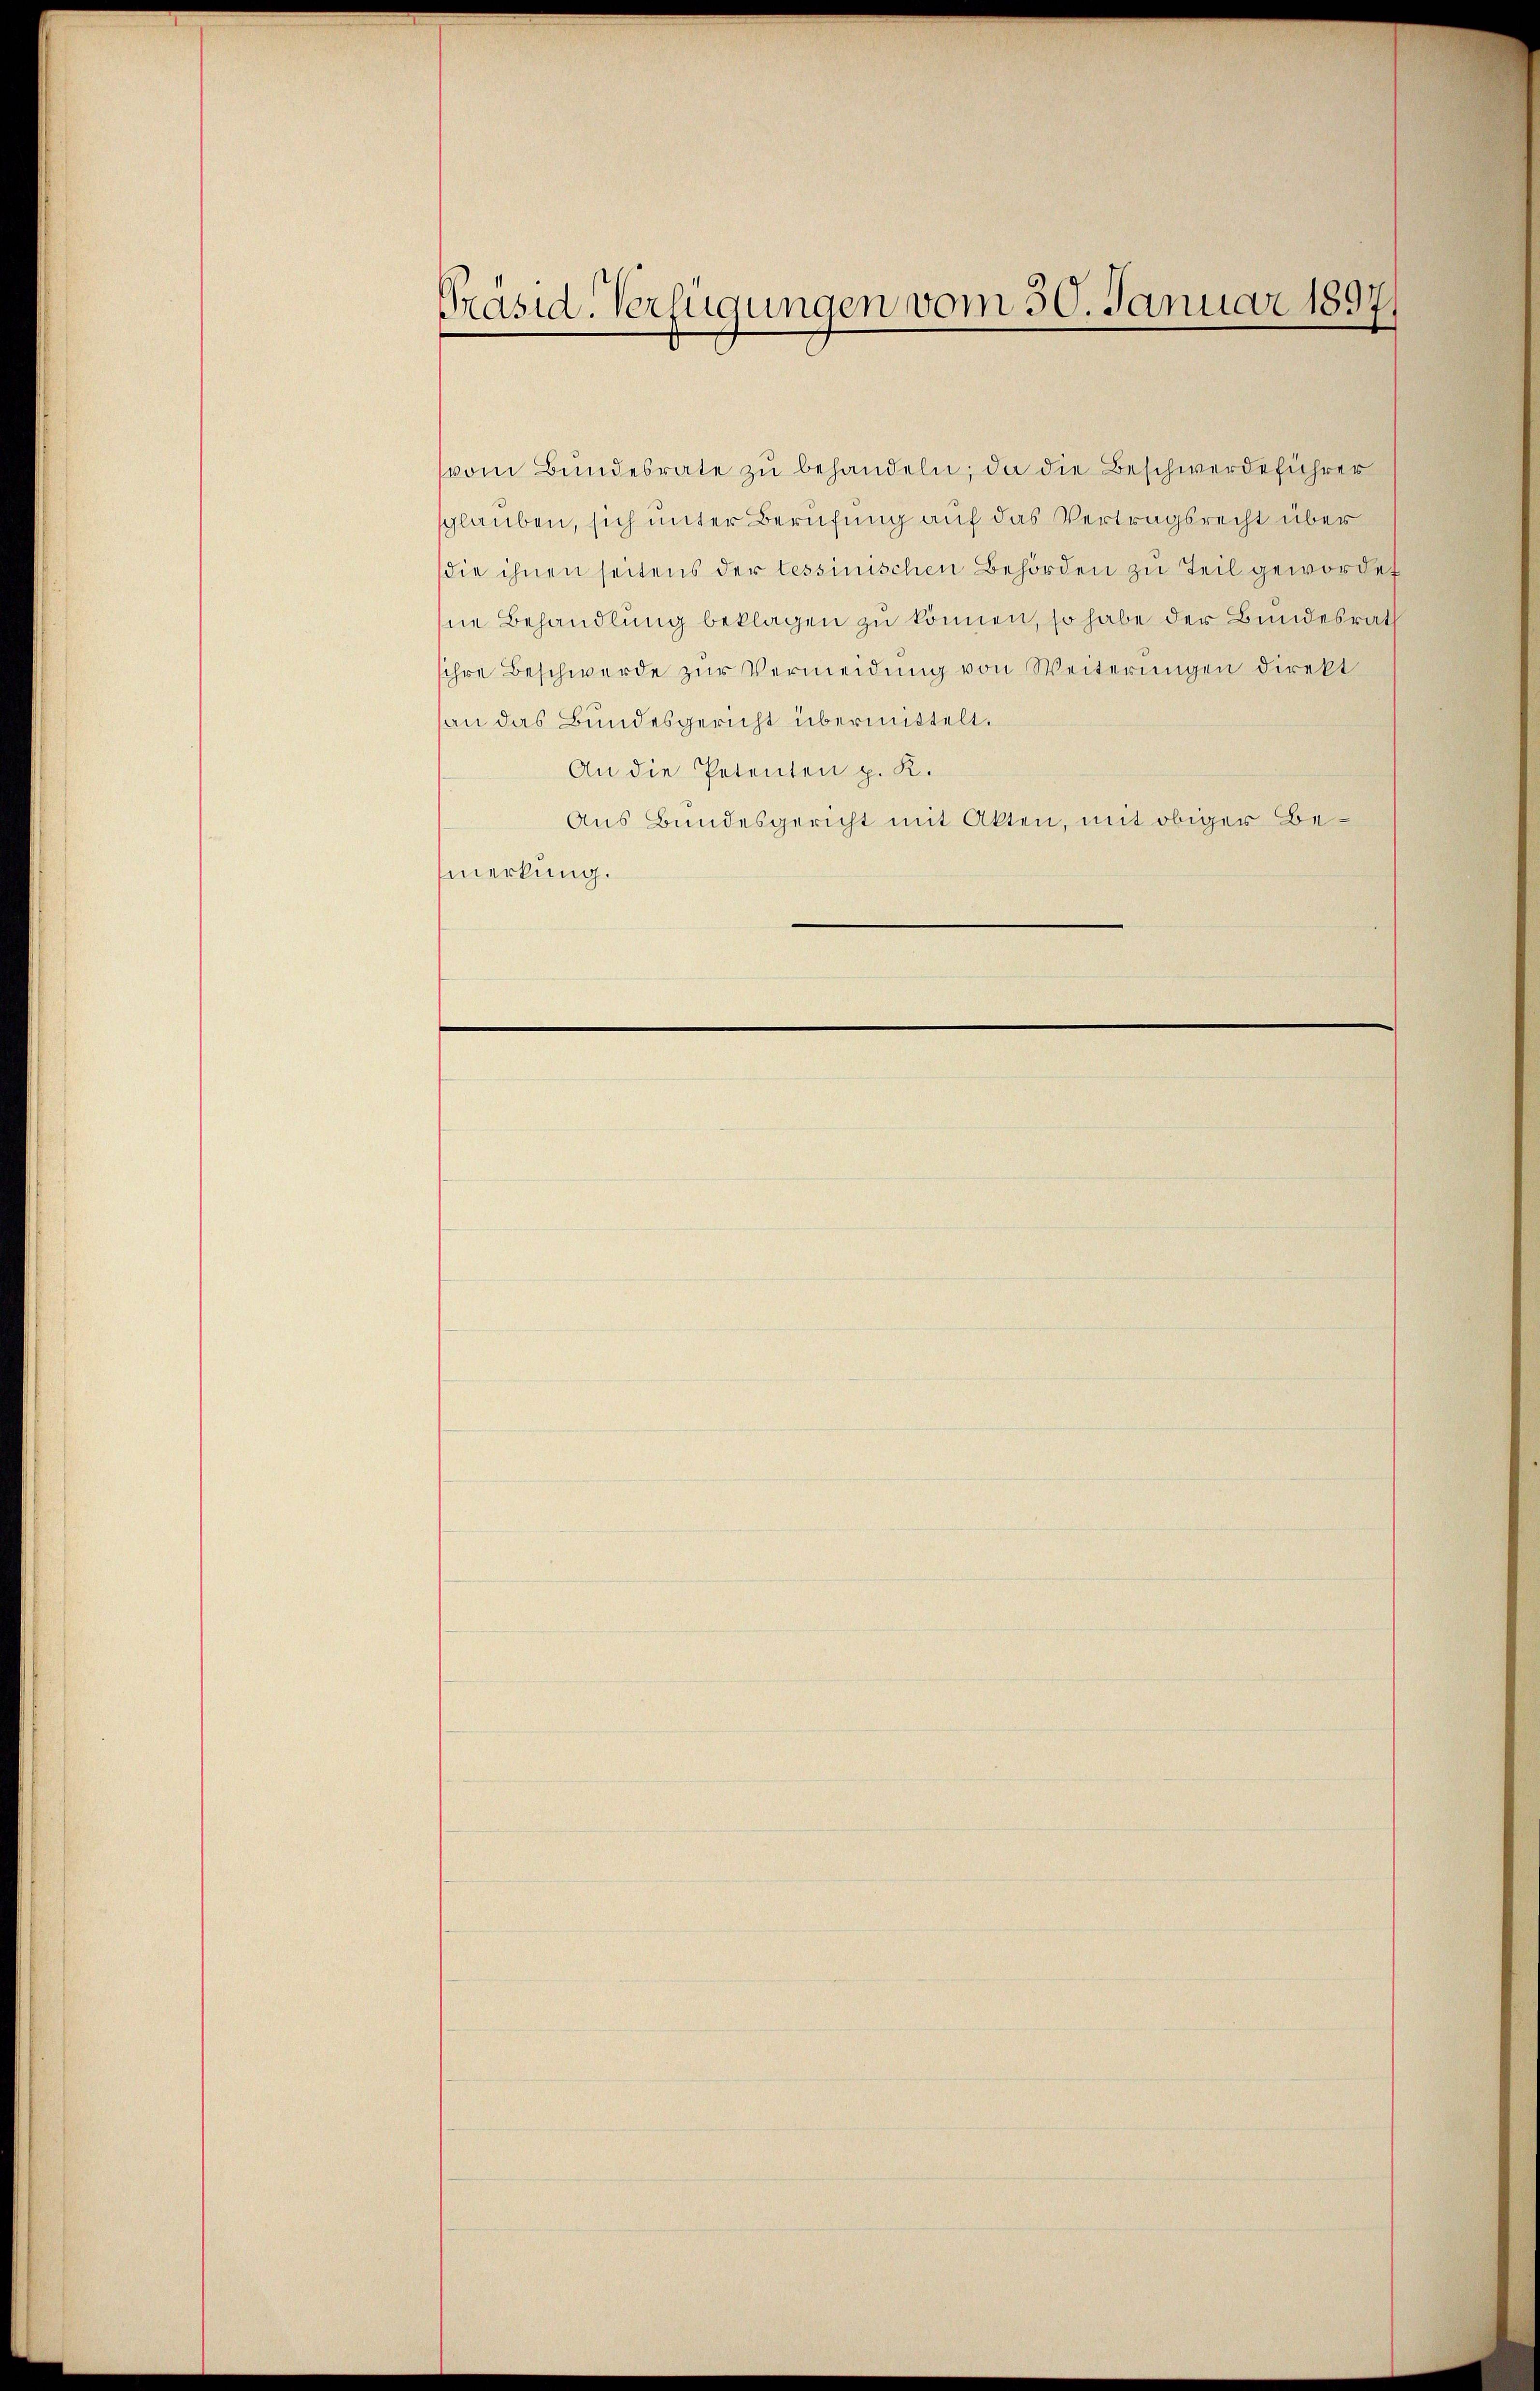
Präsid. Verfügungen vom 30. Januar 1897.

vom Bundesrate zŭ behandeln; da die Beschwerdeführer
sglauben, sich unter Berufung auf das Vertragsrecht über
die ihnen seitens der tessinischen Behörden zu Teil gewordet
hne Behandlung beklagen zu können, so habe der Bundesrath
ihre Beschwerde zŭr Vermeidung von Weiterungen direkt
an das Bundesgericht übermittelt.
An die Petenten p. K.
Aus Bundesgericht mit Akten, mit obiger Bemerkung.